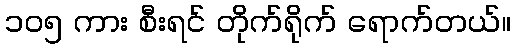
၁၀၅ ကား စီးရင် တိုက်ရိုက် ရောက်တယ်။